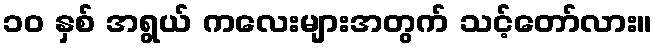
၁၀ နှစ် အရွယ် ကလေးများအတွက် သင့်တော်လား။